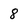
Character: 8